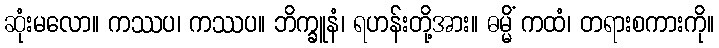
ဆုံးမလော။ ကဿပ၊ ကဿပ။ ဘိက္ခူနံ၊ ရဟန်းတို့အား။ ဓမ္မိံ ကထံ၊ တရားစကားကို။